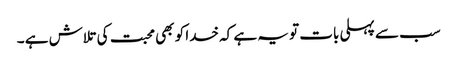
سب سے پہلی بات تو یہ ہے کہ خدا کو بھی محبت کی تلاش ہے ۔